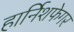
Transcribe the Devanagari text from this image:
हार्निशफेगर